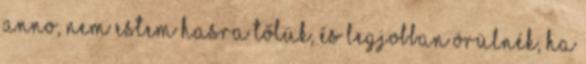
anno, nem estem hasra tőlük, és legjobban örülnék, ha